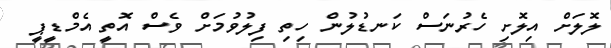
ލޮލަށް އިލޮށި ހެރުނަސް ކަނޑުލުން ހިތި ފިލުވުމަށް ވެސް އޮތީ އެމްޑީޕީ